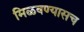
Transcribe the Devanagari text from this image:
मिळवण्यासच